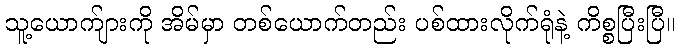
သူ့ယောက်ျားကို အိမ်မှာ တစ်ယောက်တည်း ပစ်ထားလိုက်ရုံနဲ့ ကိစ္စပြီးပြီ။